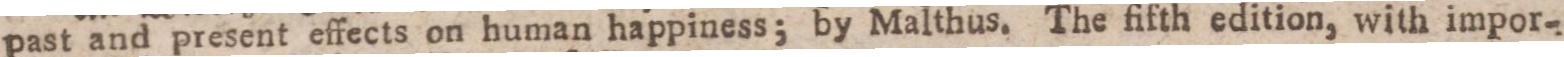
past and present effects on human happiness; by Malthus. The fifth edition, with impor-